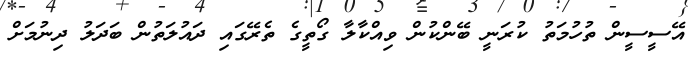
އޭސީސީން ތުހުމަތު ކުރަނީ ބޭންކުން ވިއްކާލާ ގޯތީގެ ތެރޭގައި ދައުލަތުން ބަދަލު ދިނުމަށް